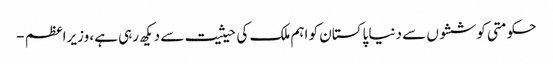
حکومتی کوششوں سے دنیا پاکستان کو اہم ملک کی حیثیت سے دیکھ رہی ہے، وزیراعظم -